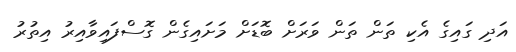
އަދި ގައިގެ އެކި ތަން ތަން ވަރަށް ބޮޑަށް މަށައިގެން ގޮސްފައިވާއިރު އިތުރު